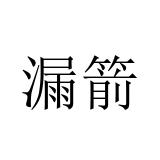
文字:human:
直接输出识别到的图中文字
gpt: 漏箭